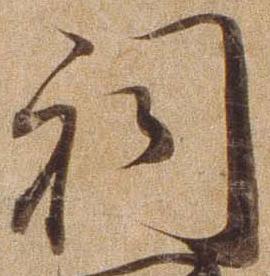
祠